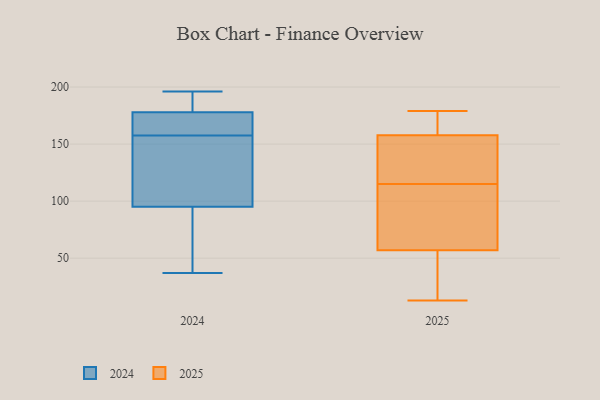
{"axis": {"x": "Satisfaction Score", "y": "Value"}, "legend": ["2024", "2025"], "data": [{"x": "", "y": 60, "type": "2025"}, {"x": "", "y": 145, "type": "2025"}, {"x": "", "y": 56, "type": "2025"}, {"x": "", "y": 13, "type": "2025"}, {"x": "", "y": 151, "type": "2025"}, {"x": "", "y": 175, "type": "2025"}, {"x": "", "y": 179, "type": "2025"}, {"x": "", "y": 160, "type": "2025"}, {"x": "", "y": 23, "type": "2025"}, {"x": "", "y": 83, "type": "2025"}, {"x": "", "y": 115, "type": "2025"}, {"x": "", "y": 116, "type": "2024"}, {"x": "", "y": 43, "type": "2024"}, {"x": "", "y": 194, "type": "2024"}, {"x": "", "y": 194, "type": "2024"}, {"x": "", "y": 48, "type": "2024"}, {"x": "", "y": 146, "type": "2024"}, {"x": "", "y": 169, "type": "2024"}, {"x": "", "y": 141, "type": "2024"}, {"x": "", "y": 173, "type": "2024"}, {"x": "", "y": 117, "type": "2024"}, {"x": "", "y": 126, "type": "2024"}, {"x": "", "y": 183, "type": "2024"}, {"x": "", "y": 37, "type": "2024"}, {"x": "", "y": 74, "type": "2024"}, {"x": "", "y": 174, "type": "2024"}, {"x": "", "y": 173, "type": "2024"}, {"x": "", "y": 52, "type": "2024"}, {"x": "", "y": 196, "type": "2024"}, {"x": "", "y": 182, "type": "2024"}, {"x": "", "y": 172, "type": "2024"}]}